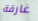
غارقة